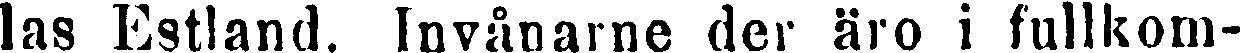
las Estland. Invånarne der äro i fullkom-